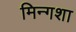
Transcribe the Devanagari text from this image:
मिन्गशा